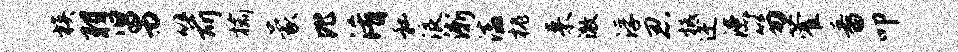
族羽舅箭榆蒙比淆私浪渐溘槐来澈浮忍柢迂漶笏藿番叩